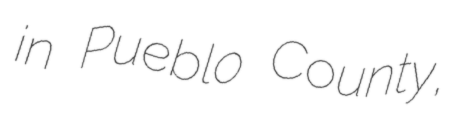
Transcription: in Pueblo County,